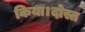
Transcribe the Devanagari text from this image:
किया।दोस्त